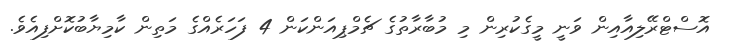
އޮސްޓްރޭލިއާއިން ވަނީ މީގެކުރިން މި މުބާރާތުގެ ޗެމްޕިއަންކަން 4 ފަހަރެއްގެ މަތިން ކާމިޔާބުކޮށްފިއެވެ.